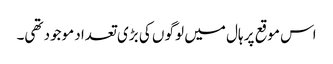
اس موقع پر ہال میں لوگو ں کی بڑی تعداد موجود تھی۔